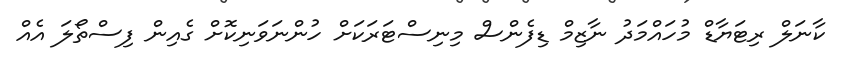
ކާނަލް ރިޓަޔާޑް މުހައްމަދު ނާޒިމް ޑިފެންސް މިނިސްޓަރަކަށް ހުންނަވަނިކޮށް ގެއިން ފިސްތޯލަ އެއް